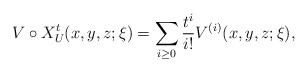
\begin{align*}V\circ X_U^t(x,y,z;\xi)=\sum_{i\geq 0}\frac{t^{i}}{i!}V^{(i)}(x,y,z;\xi),\end{align*}